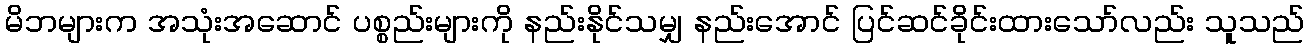
မိဘများက အသုံးအဆောင် ပစ္စည်းများကို နည်းနိုင်သမျှ နည်းအောင် ပြင်ဆင်ခိုင်းထားသော်လည်း သူသည်